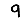
Digit: 9